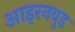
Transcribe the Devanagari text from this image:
आइरनवुड